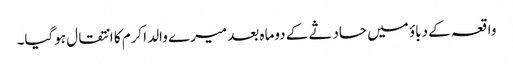
واقعہ کے دباؤ میں حادثے کے دوماہ بعد میرے والد اکرم کا انتقال ہوگیا۔